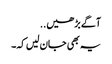
آگے بڑھیں..
یہ بھی جان لیں کہ۔